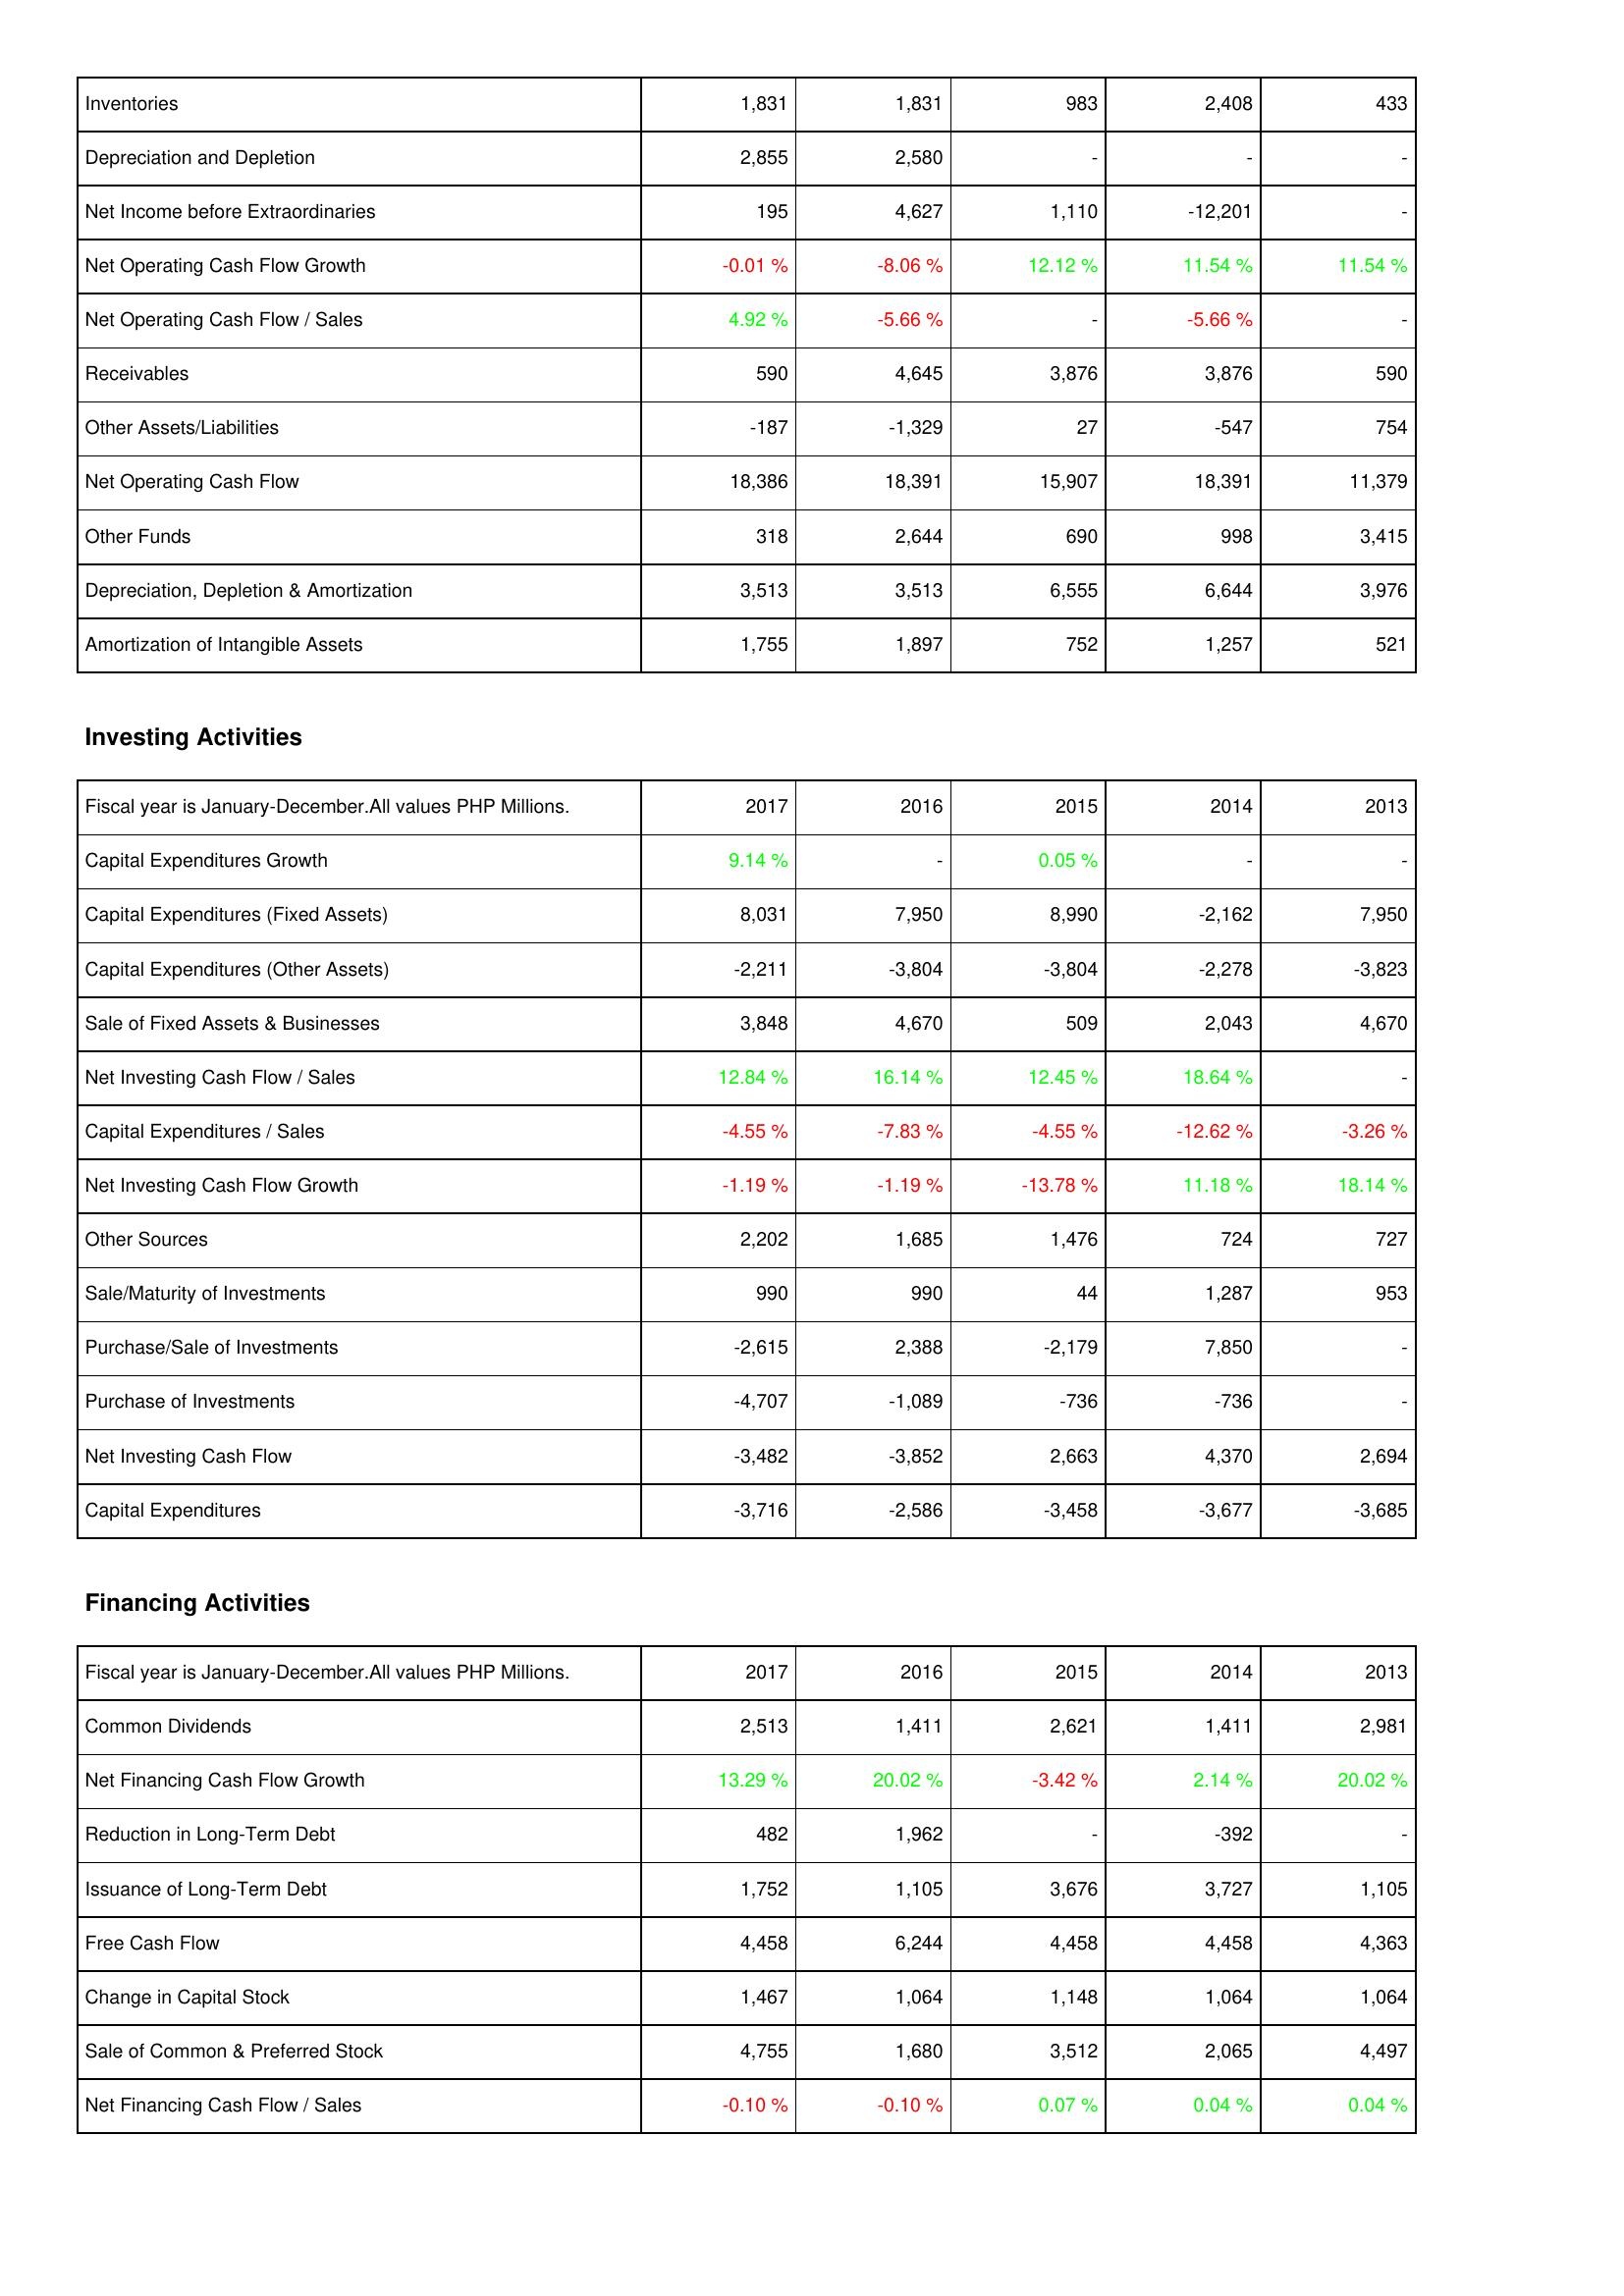
2017: Operating Activities: Inventories: 1,831
Depreciation and Depletion: 2,855
Net Income before Extraordinaries: 195
Net Operating Cash Flow Growth: -0.01 %
Net Operating Cash Flow / Sales: 4.92 %
Receivables: 590
Other Assets/Liabilities: -187
Net Operating Cash Flow: 18,386
Other Funds: 318
Depreciation, Depletion & Amortization: 3,513
Amortization of Intangible Assets: 1,755
Investing Activities: Capital Expenditures Growth: 9.14 %
Capital Expenditures (Fixed Assets): 8,031
Capital Expenditures (Other Assets): -2,211
Sale of Fixed Assets & Businesses: 3,848
Net Investing Cash Flow / Sales: 12.84 %
Capital Expenditures / Sales: -4.55 %
Net Investing Cash Flow Growth: -1.19 %
Other Sources: 2,202
Sale/Maturity of Investments: 990
Purchase/Sale of Investments: -2,615
Purchase of Investments: -4,707
Net Investing Cash Flow: -3,482
Capital Expenditures: -3,716
Financing Activities: Common Dividends: 2,513
Net Financing Cash Flow Growth: 13.29 %
Reduction in Long-Term Debt: 482
Issuance of Long-Term Debt: 1,752
Free Cash Flow: 4,458
Change in Capital Stock: 1,467
Sale of Common & Preferred Stock: 4,755
Net Financing Cash Flow / Sales: -0.10 %
2016: Operating Activities: Inventories: 1,831
Depreciation and Depletion: 2,580
Net Income before Extraordinaries: 4,627
Net Operating Cash Flow Growth: -8.06 %
Net Operating Cash Flow / Sales: -5.66 %
Receivables: 4,645
Other Assets/Liabilities: -1,329
Net Operating Cash Flow: 18,391
Other Funds: 2,644
Depreciation, Depletion & Amortization: 3,513
Amortization of Intangible Assets: 1,897
Investing Activities: Capital Expenditures Growth: -
Capital Expenditures (Fixed Assets): 7,950
Capital Expenditures (Other Assets): -3,804
Sale of Fixed Assets & Businesses: 4,670
Net Investing Cash Flow / Sales: 16.14 %
Capital Expenditures / Sales: -7.83 %
Net Investing Cash Flow Growth: -1.19 %
Other Sources: 1,685
Sale/Maturity of Investments: 990
Purchase/Sale of Investments: 2,388
Purchase of Investments: -1,089
Net Investing Cash Flow: -3,852
Capital Expenditures: -2,586
Financing Activities: Common Dividends: 1,411
Net Financing Cash Flow Growth: 20.02 %
Reduction in Long-Term Debt: 1,962
Issuance of Long-Term Debt: 1,105
Free Cash Flow: 6,244
Change in Capital Stock: 1,064
Sale of Common & Preferred Stock: 1,680
Net Financing Cash Flow / Sales: -0.10 %
2015: Operating Activities: Inventories: 983
Depreciation and Depletion: -
Net Income before Extraordinaries: 1,110
Net Operating Cash Flow Growth: 12.12 %
Net Operating Cash Flow / Sales: -
Receivables: 3,876
Other Assets/Liabilities: 27
Net Operating Cash Flow: 15,907
Other Funds: 690
Depreciation, Depletion & Amortization: 6,555
Amortization of Intangible Assets: 752
Investing Activities: Capital Expenditures Growth: 0.05 %
Capital Expenditures (Fixed Assets): 8,990
Capital Expenditures (Other Assets): -3,804
Sale of Fixed Assets & Businesses: 509
Net Investing Cash Flow / Sales: 12.45 %
Capital Expenditures / Sales: -4.55 %
Net Investing Cash Flow Growth: -13.78 %
Other Sources: 1,476
Sale/Maturity of Investments: 44
Purchase/Sale of Investments: -2,179
Purchase of Investments: -736
Net Investing Cash Flow: 2,663
Capital Expenditures: -3,458
Financing Activities: Common Dividends: 2,621
Net Financing Cash Flow Growth: -3.42 %
Reduction in Long-Term Debt: -
Issuance of Long-Term Debt: 3,676
Free Cash Flow: 4,458
Change in Capital Stock: 1,148
Sale of Common & Preferred Stock: 3,512
Net Financing Cash Flow / Sales: 0.07 %
2014: Operating Activities: Inventories: 2,408
Depreciation and Depletion: -
Net Income before Extraordinaries: -12,201
Net Operating Cash Flow Growth: 11.54 %
Net Operating Cash Flow / Sales: -5.66 %
Receivables: 3,876
Other Assets/Liabilities: -547
Net Operating Cash Flow: 18,391
Other Funds: 998
Depreciation, Depletion & Amortization: 6,644
Amortization of Intangible Assets: 1,257
Investing Activities: Capital Expenditures Growth: -
Capital Expenditures (Fixed Assets): -2,162
Capital Expenditures (Other Assets): -2,278
Sale of Fixed Assets & Businesses: 2,043
Net Investing Cash Flow / Sales: 18.64 %
Capital Expenditures / Sales: -12.62 %
Net Investing Cash Flow Growth: 11.18 %
Other Sources: 724
Sale/Maturity of Investments: 1,287
Purchase/Sale of Investments: 7,850
Purchase of Investments: -736
Net Investing Cash Flow: 4,370
Capital Expenditures: -3,677
Financing Activities: Common Dividends: 1,411
Net Financing Cash Flow Growth: 2.14 %
Reduction in Long-Term Debt: -392
Issuance of Long-Term Debt: 3,727
Free Cash Flow: 4,458
Change in Capital Stock: 1,064
Sale of Common & Preferred Stock: 2,065
Net Financing Cash Flow / Sales: 0.04 %
2013: Operating Activities: Inventories: 433
Depreciation and Depletion: -
Net Income before Extraordinaries: -
Net Operating Cash Flow Growth: 11.54 %
Net Operating Cash Flow / Sales: -
Receivables: 590
Other Assets/Liabilities: 754
Net Operating Cash Flow: 11,379
Other Funds: 3,415
Depreciation, Depletion & Amortization: 3,976
Amortization of Intangible Assets: 521
Investing Activities: Capital Expenditures Growth: -
Capital Expenditures (Fixed Assets): 7,950
Capital Expenditures (Other Assets): -3,823
Sale of Fixed Assets & Businesses: 4,670
Net Investing Cash Flow / Sales: -
Capital Expenditures / Sales: -3.26 %
Net Investing Cash Flow Growth: 18.14 %
Other Sources: 727
Sale/Maturity of Investments: 953
Purchase/Sale of Investments: -
Purchase of Investments: -
Net Investing Cash Flow: 2,694
Capital Expenditures: -3,685
Financing Activities: Common Dividends: 2,981
Net Financing Cash Flow Growth: 20.02 %
Reduction in Long-Term Debt: -
Issuance of Long-Term Debt: 1,105
Free Cash Flow: 4,363
Change in Capital Stock: 1,064
Sale of Common & Preferred Stock: 4,497
Net Financing Cash Flow / Sales: 0.04 %